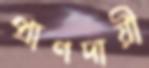
প্রাণদায়ী